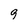
Character: 9